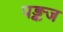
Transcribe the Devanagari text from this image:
पङ्कज